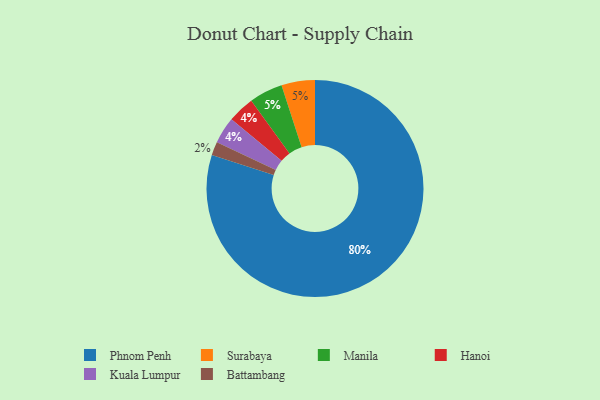
{"axis": {"x": "Category", "y": "Percentage"}, "legend": ["Battambang", "Hanoi", "Kuala Lumpur", "Manila", "Phnom Penh", "Surabaya"], "data": [{"x": "Phnom Penh", "y": 80, "type": "Phnom Penh"}, {"x": "Surabaya", "y": 5, "type": "Surabaya"}, {"x": "Hanoi", "y": 4, "type": "Hanoi"}, {"x": "Manila", "y": 5, "type": "Manila"}, {"x": "Battambang", "y": 2, "type": "Battambang"}, {"x": "Kuala Lumpur", "y": 4, "type": "Kuala Lumpur"}]}